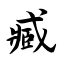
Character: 臧